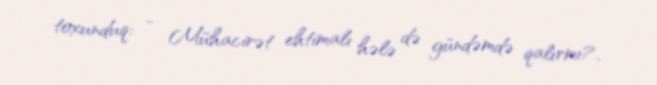
toxunduq: - Mühacirət ehtimalı hələ də gündəmdə qalırmı?.